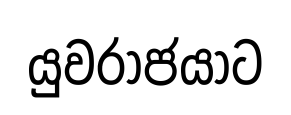
යුවරාජයාට